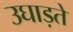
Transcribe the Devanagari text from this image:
उघाड़ते